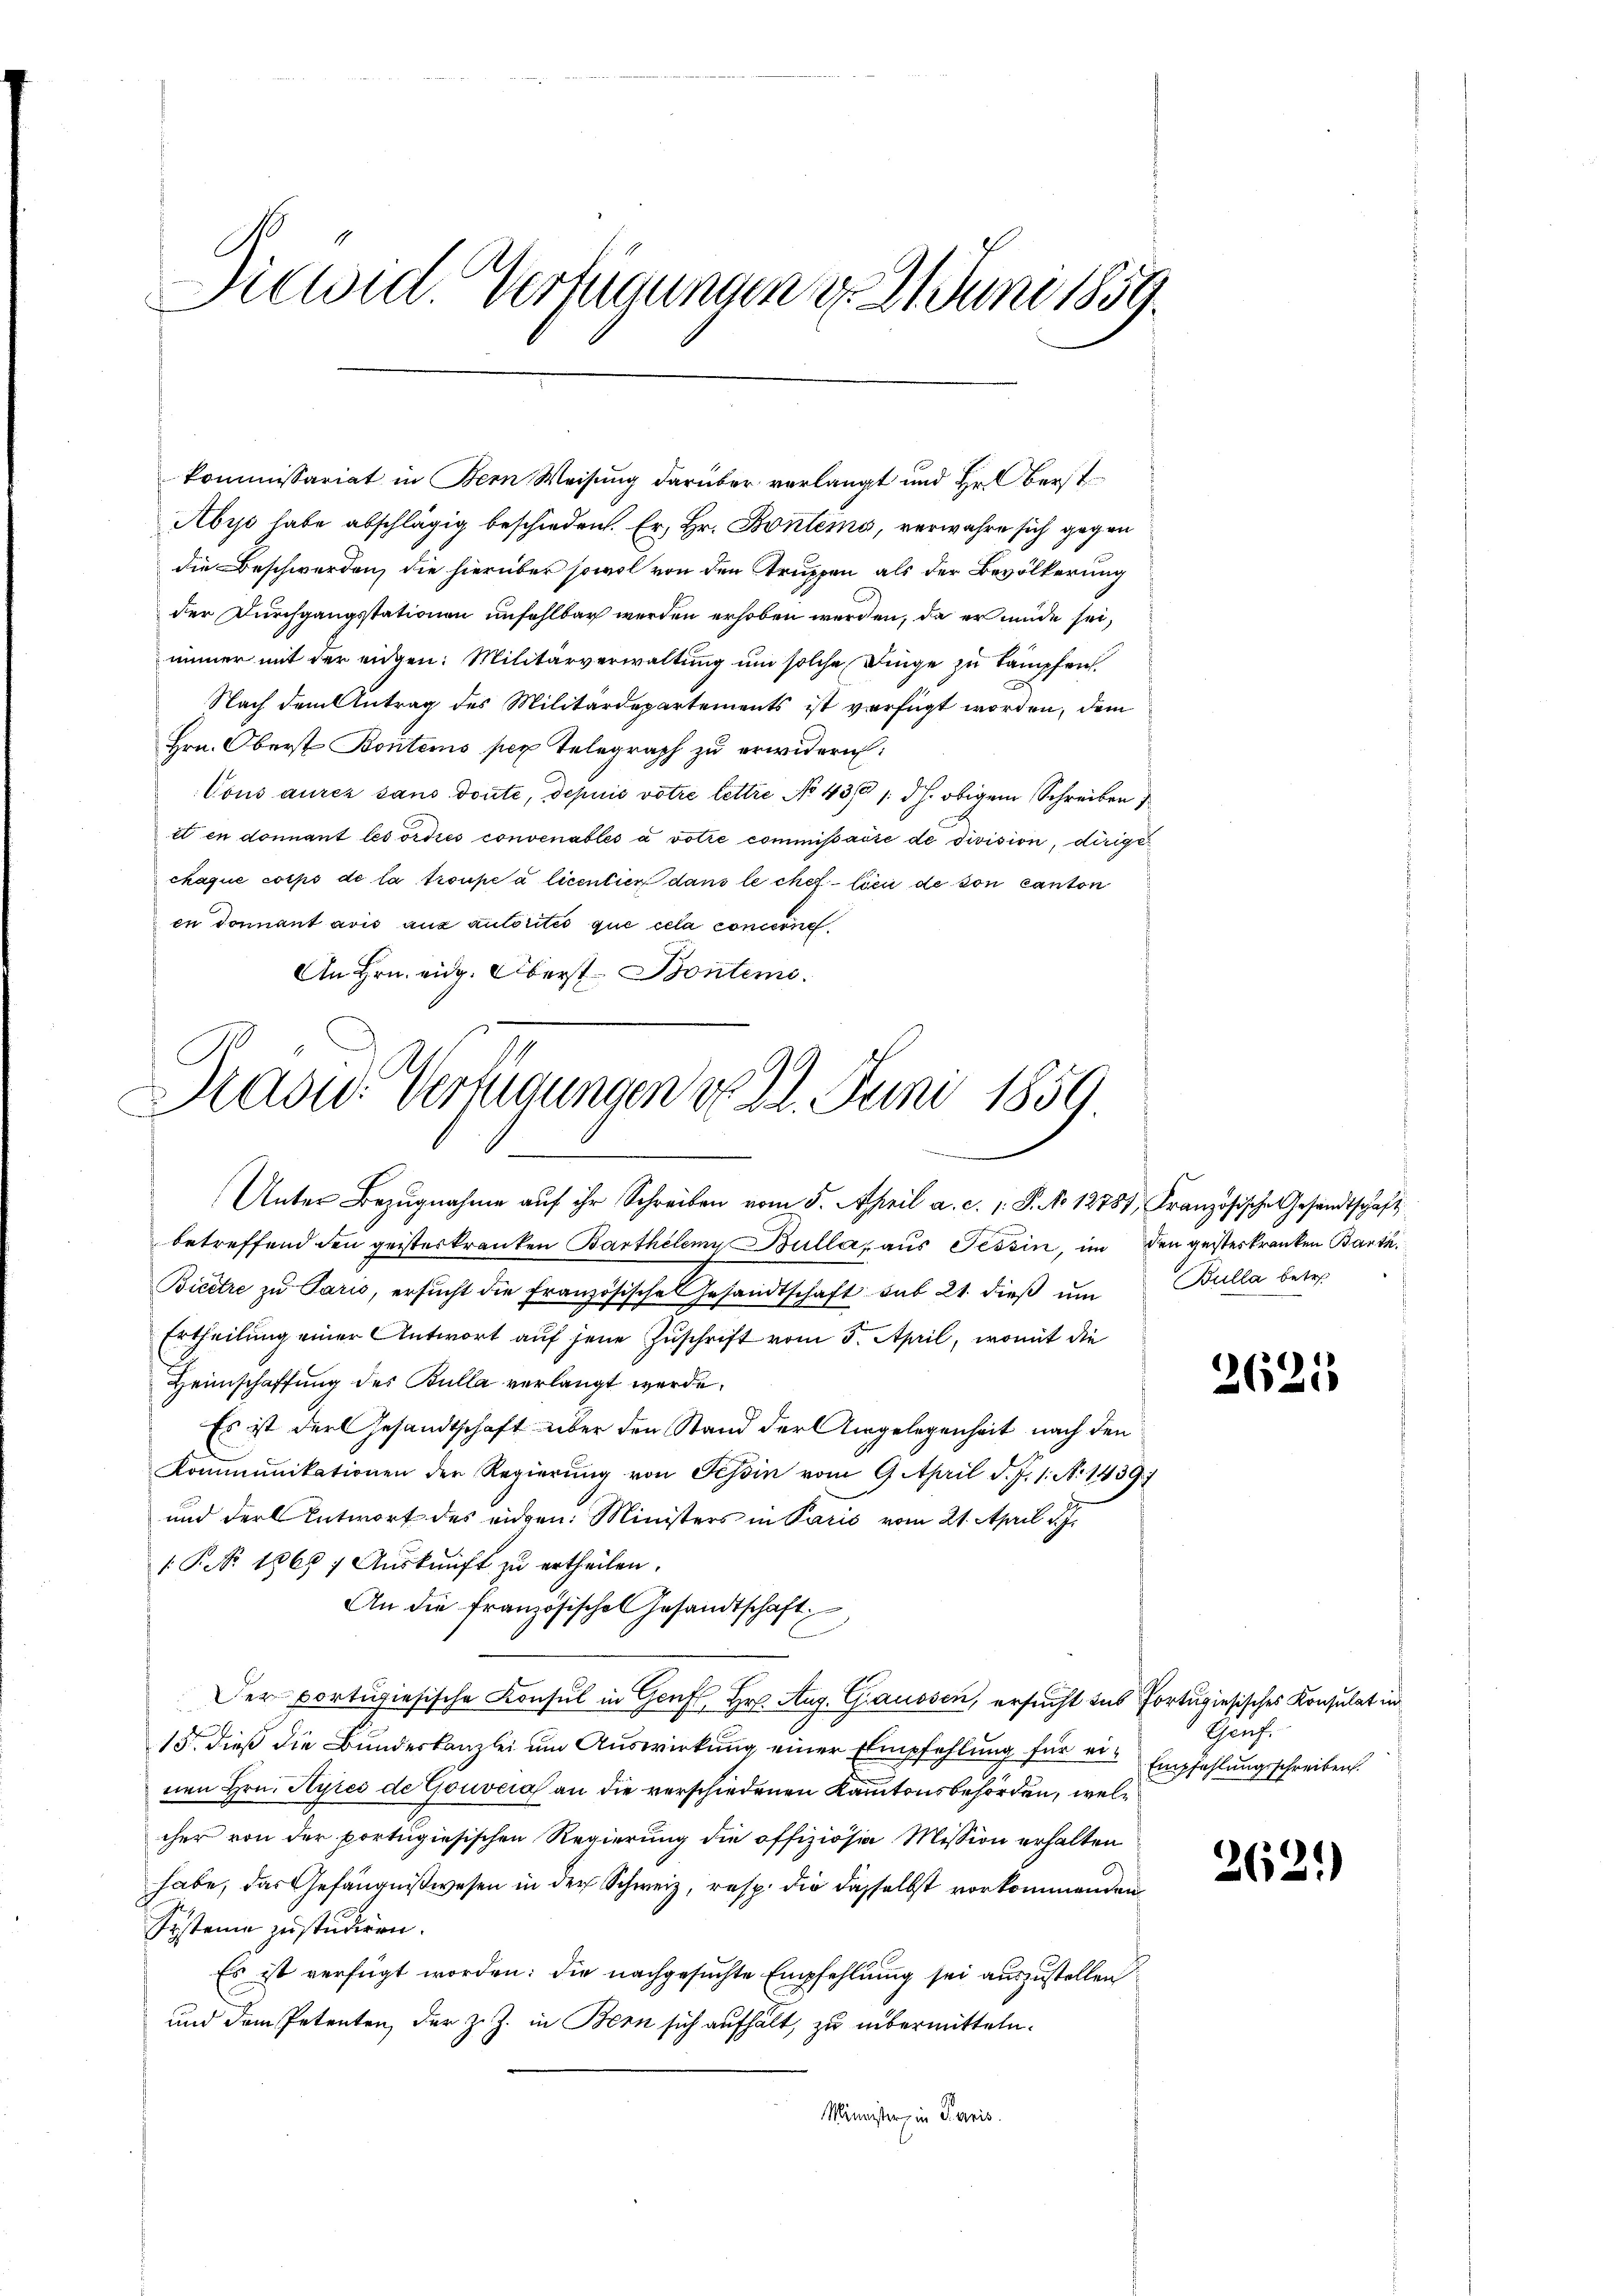
C
Diewid. Verfügungen d. 21. Juni 1859.

kommissariat in Bern Weisung darüber verlangt und Hr. Oberst
Abys habe abschlägig beschieden. Er, Hr. Bontems, verwahre sich gegen
die Beschwerden, die hierüber sowol von den Struppen als der Bevölkerung
der Durchgangsstationen unfehlbar werden erhoben werden, da er müde sei,
immer mit der eidgen: Militärverwaltung um solche Dinge zu kämpfen.
Nach dem Antrag des Militärdepartements ist verfügt worden, dem
Hrn. Oberst Bontens per Telegraph zu erwidern:
Vous aurer sans doute, depuis votre lettre No 43/ /. dh. obigem Schreiben
et en donnant les ordies convenables a votie commissarie de division, dirige
chaque corps de la troupe à licentien dans le chef lieu de son canton
en donnant avis aux autorités que cela concerne
An Hrn. eidg. Oberst Bonteme.

Kasu. Vertigungen d. 21. Juni 1859.
.
Unter Bezŭgnahme aŭf ihr Schreiben vom 5. April a. c. 1. P. No 12787, Französische Gesandtschaft

betreffend den geisteskranken Barthelemy Bulla, aus Tessin, in den gesteskranken Barth
Bieitre zŭ Paris, ersŭcht die französische Gesandtschaft sub 21. dieβ ŭm
Ertheilung einer Antwort auf jene Zuschrift vom 3. April, womit die
Heimschaffung des Bulla verlangt werde.
Es ist der Gesandtschaft über den Stand der Angelegenheit nach den
Kommunikationen der Regierung von Tessin vom 9. April d. J. 1. N. 1439)
und der Antwort des eidgen. Ministers in Paris vom 21. April d. J.
 P. Nr. 1868; Aŭskŭnft zu ertheilen.
An die französisches Gesandtschaft
Der portugiesische Konsul in Genfl. Hr. Aug. Graussen, ersucht das Portugisisches Konsulat in
15. dieß die Bundeskanzlei um Auswirkung einer Empfehlung für ein Empfehlungsschreiben.
nen Hrn. Hyres de Gouvera an die verschiedenen Kantonsbehörden, welcher von der portugiesischen Regierung die offiziösia Mission erhalten
habe, das Gefängnißwesen in der Schweiz, resp. die dasselbst vorkommenden
Ersteine zustudiren.
Es ist verfügt worden: die nachgesuchte Empfehlung sei auszustellen
und dem Petenten, der z. Z. in Bern sich aufhält, zu übermitteln.
Minister, in Paris.

Bulla betr.

2625

Genf.

2621)